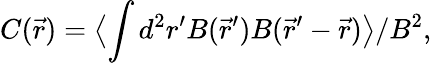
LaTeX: C(\vec{r})=\bigl\langle\int d^{2}r^{\prime}B(\vec{r}^{\prime})B(\vec{r}^{\prime}-\vec{r})\bigr\rangle/B^{2},